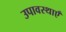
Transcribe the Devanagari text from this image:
उपावस्थाएँ